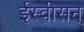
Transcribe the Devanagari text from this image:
ईस्वीसन्